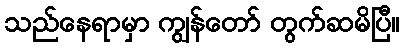
သည်နေရာမှာ ကျွန်တော် တွက်ဆမိပြီ။